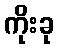
ကိုးခု